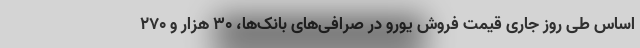
اساس طی روز جاری قیمت فروش یورو در صرافی‌های بانک‌ها، ۳۰ هزار و ۲۷۰